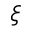
\xi